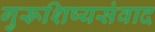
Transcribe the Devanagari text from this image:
गुरूशिष्यसंवाद